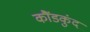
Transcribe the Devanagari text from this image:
कौंडकुंद